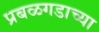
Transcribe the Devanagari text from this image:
प्रबळगडाच्या